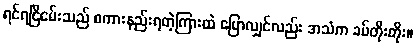
ရင်ရင်ြိငမ်းသည် စကားနည်းရတဲ့ကြားထဲ ပြောလျှင်လည်း အသံက ခပ်တိုးတိုး။